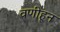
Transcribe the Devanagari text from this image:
वणीहून